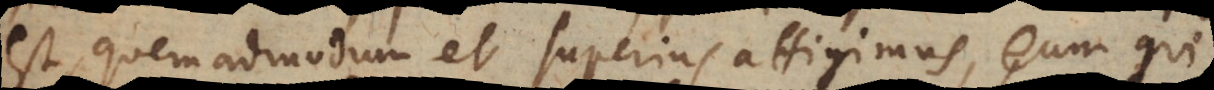
est, quemadmodum et superius attigimus, eum qui